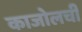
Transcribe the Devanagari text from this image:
काजोलची